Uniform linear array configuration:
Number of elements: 8
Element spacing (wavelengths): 0.75
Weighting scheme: binomial
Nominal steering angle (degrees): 45
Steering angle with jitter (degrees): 44.887
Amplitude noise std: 0.05
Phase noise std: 0.05

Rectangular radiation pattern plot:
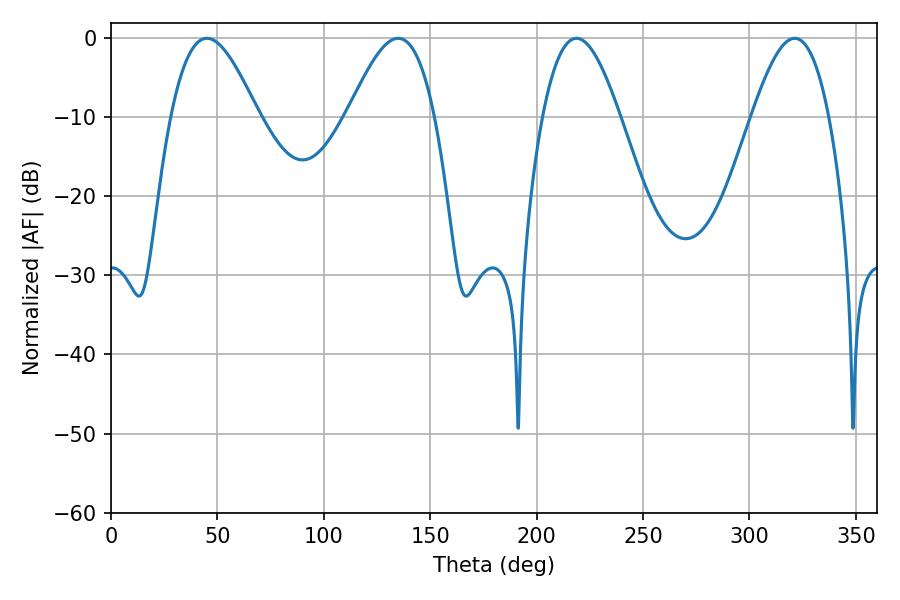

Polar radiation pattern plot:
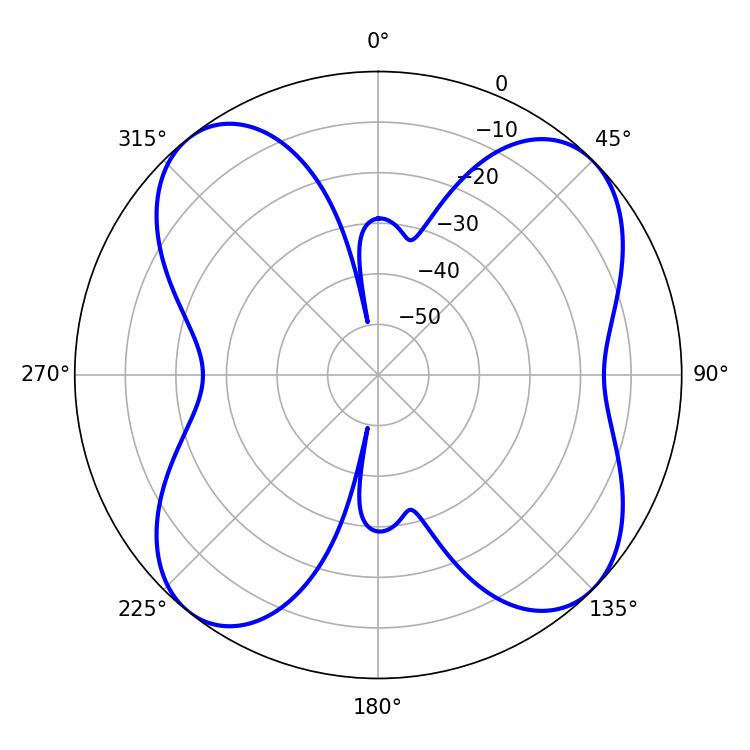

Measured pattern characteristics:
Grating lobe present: TRUE
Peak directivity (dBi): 11.313
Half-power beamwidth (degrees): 19.62
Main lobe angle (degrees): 218.7